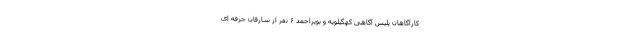
کارآگاهان پلیس آگاهی کهگیلویه و بویراحمد ۶ نفر از سارقان حرفه‌ ای